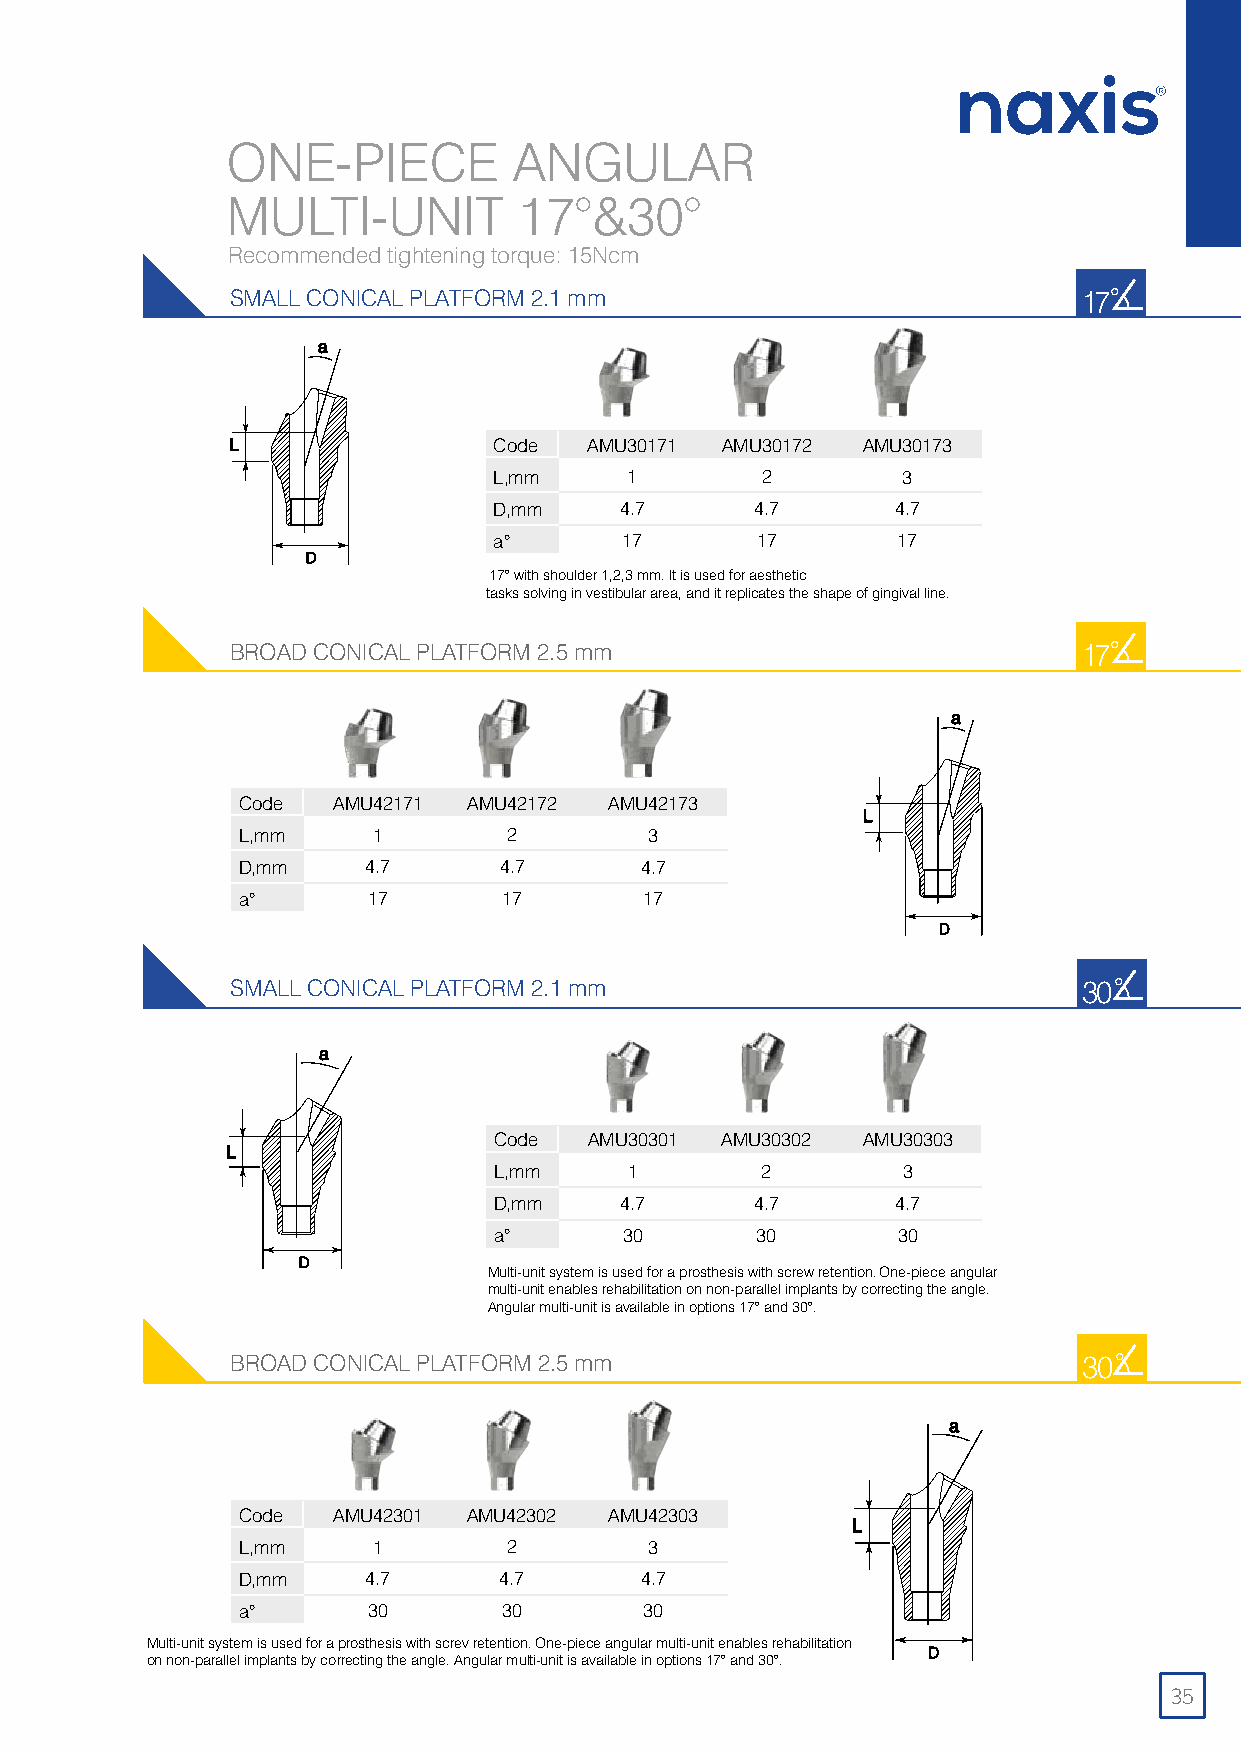
ONE-PIECE          ANGULAR
 MULTI-UNIT         17°&30°
 Recommended tightening torque: 15Ncm
 SMALL CONICAL PLATFORM 2.1 mm
 17˚
 Code  AMU30171 AMU30172 AMU30173
 L,mm     1       2         3
 D,mm    4.7      4.7      4.7
 a°      17       17       17
 17° with shoulder 1,2,3 mm. It is used for aesthetic
 tasks solving in vestibular area, and it replicates the shape of gingival line.
 BROAD CONICAL PLATFORM 2.5 mm
 17˚
 Code  AMU42171 AMU42172 AMU42173
 L,mm     1        2        3
 D,mm    4.7      4.7      4.7
 a°      17       17        17
 SMALL CONICAL PLATFORM 2.1 mm
 30˚
 Code  AMU30301 AMU30302 AMU30303
 L,mm     1       2         3
 D,mm    4.7      4.7      4.7
 a°      30       30       30
 Multi-unit system is used for a prosthesis with screw retention. One-piece angular
 multi-unit enables rehabilitation on non-parallel implants by correcting the angle.
 Angular multi-unit is available in options 17° and 30°.
 BROAD CONICAL PLATFORM 2.5 mm
 30˚
 Code  AMU42301 AMU42302 AMU42303
 L,mm     1        2        3
 D,mm    4.7      4.7      4.7
 a°      30       30        30
 Multi-unit system is used for a prosthesis with screv retention. One-piece angular multi-unit enables rehabilitation
 on non-parallel implants by correcting the angle. Angular multi-unit is available in options 17° and 30°.
 35